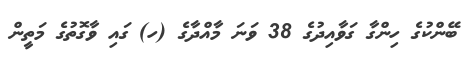
ބޭންކުގެ ހިންގާ ގަވާއިދުގެ 38 ވަނަ މާއްދާގެ (ހ) ގައި ވާގޮތުގެ މަތީން